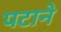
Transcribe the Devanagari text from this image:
पटाने